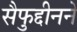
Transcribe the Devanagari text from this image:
सैफुद्दीनने